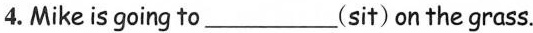
4. Mike is going to___(sit) on the grass.